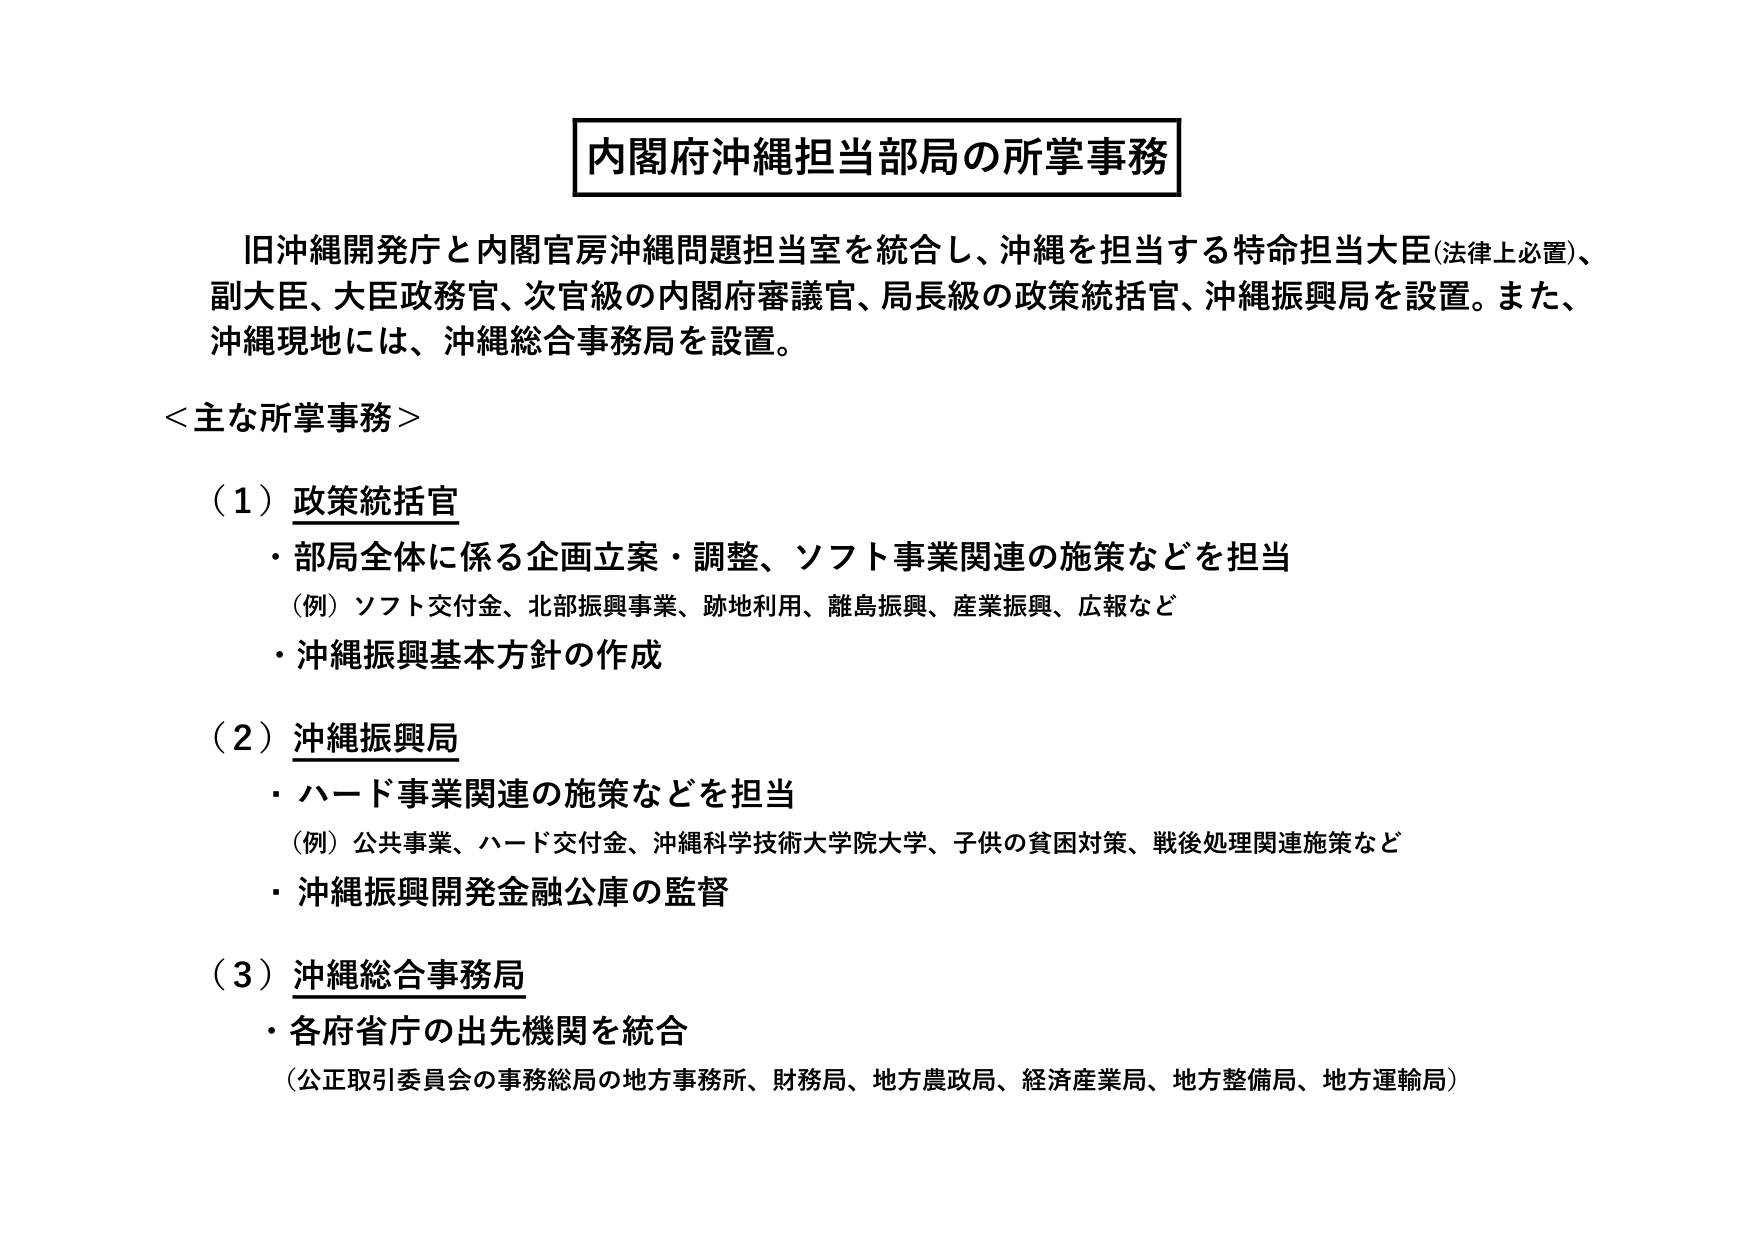
内閣府沖縄担当部局の所掌事務

旧沖縄開発庁と内閣官房沖縄問題担当室を統合し、沖縄を担当する特命担当大臣（法律上必置）、副大臣、大臣政務官、次官級の内閣府審議官、局長級の政策統括官、沖縄振興局を設置。また、沖縄現地には、沖縄総合事務局を設置。

＜主な所掌事務＞

（１）政策統括官
・部局全体に係る企画立案・調整、ソフト事業関連の施策などを担当
（例）ソフト交付金、北部振興事業、跡地利用、離島振興、産業振興、広報など
・沖縄振興基本方針の作成

（２）沖縄振興局
・ハード事業関連の施策などを担当
（例）公共事業、ハード交付金、沖縄科学技術大学院大学、子供の貧困対策、戦後処理関連施策など
・沖縄振興開発金融公庫の監督

（３）沖縄総合事務局
・各府省庁の出先機関を統合
（公正取引委員会の事務総局の地方事務所、財務局、地方農政局、経済産業局、地方整備局、地方運輸局）